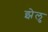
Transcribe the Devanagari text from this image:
झेलु